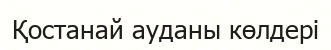
Қостанай ауданы көлдері